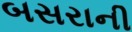
બસરાની